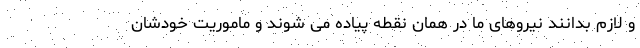
و لازم بدانند نیروهای ما در همان نقطه پیاده می شوند و ماموریت خودشان